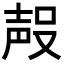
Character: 𭮶